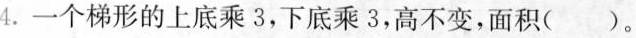
4.一个梯形的上底乘3，下底乘3，高不变，面积( )。